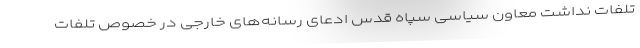
تلفات نداشت معاون سیاسی سپاه قدس ادعای رسانه‌های خارجی در خصوص تلفات